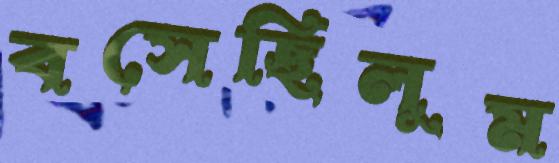
বসেছিলুম